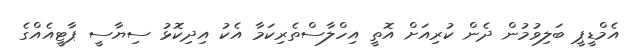
އެމްޑީޕީ ބަލިވުމުން ދެން ކުރިއަށް އޮތީ އިހްލާސްތެރިކަމާ އެކު އިދިކޮޅު ސިޔާސީ ޕާޓީއެއްގެ